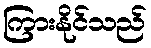
ကြားနိုင်သည်